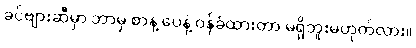
ခင်ဗျားဆီမှာ ဘာမှ စာနဲ့ ပေနဲ့ ဝန်ခံထားတာ မရှိဘူးမဟုတ်လား။